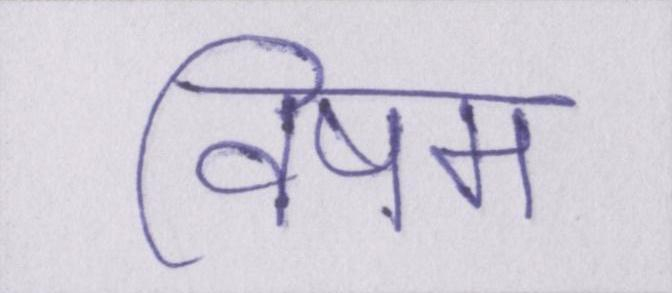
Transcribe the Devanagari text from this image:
विषम